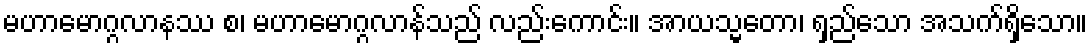
မဟာမောဂ္ဂလာနဿ စ၊ မဟာမောဂ္ဂလာန်သည် လည်းကောင်း။ အာယသ္မတော၊ ရှည်သော အသက်ရှိသော။